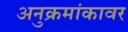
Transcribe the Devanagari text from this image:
अनुक्रमांकावर